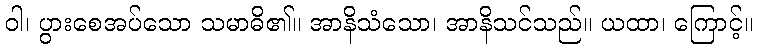
ဝါ၊ ပွားစေအပ်သော သမာဓိ၏။ အာနိသံသော၊ အာနိသင်သည်။ ယထာ၊ ကြောင့်။